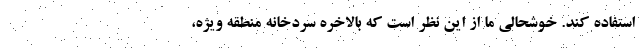
استفاده کند. خوشحالی ما از این نظر است که بالاخره سردخانه منطقه ویژه،